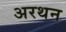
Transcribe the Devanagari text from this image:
अरथन